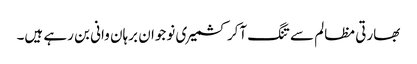
بھارتی مظالم سے تنگ آکر کشمیری نوجوان برہان وانی بن رہے ہیں۔